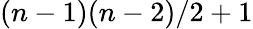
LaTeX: (n-1)(n-2)/2+1